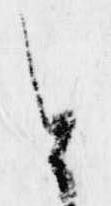
と